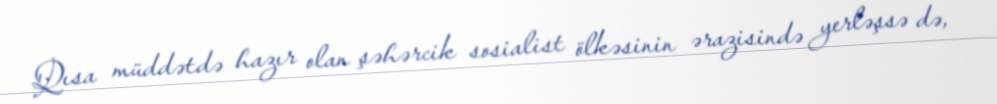
Qısa müddətdə hazır olan şəhərcik sosialist ölkəsinin ərazisində yerləşsə də,